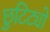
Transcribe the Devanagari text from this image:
छुटिट्यो